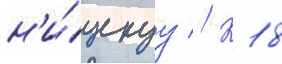
н'и́зкуу // К 18